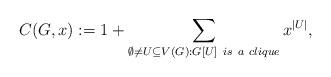
LaTeX: \begin{align*}C(G,x):= 1 + \sum_{\emptyset \neq U \subseteq V(G):G[U]~is~a~clique}x^{\vert U\vert}, \end{align*}